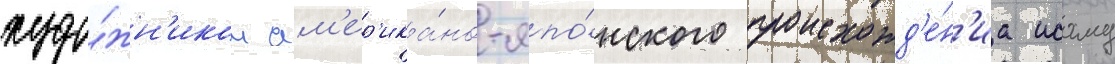
худо́жн'иком ам'ер'ика́но-япо́нского происхожд'е́н'иа исаму